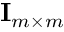
\mathbf { I } _ { m \times m }